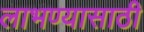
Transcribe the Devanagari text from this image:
लाभण्यासाठी